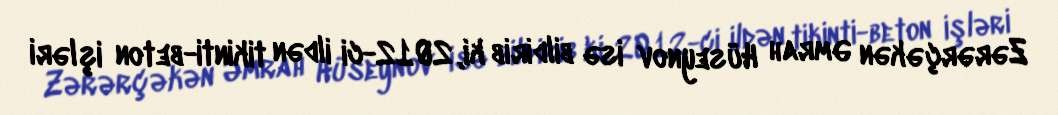
Zərərçəkən Əmrah Hüseynov isə bildirib ki, 2012-ci ildən tikinti-beton işləri